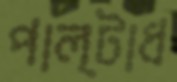
পাল্টাধ